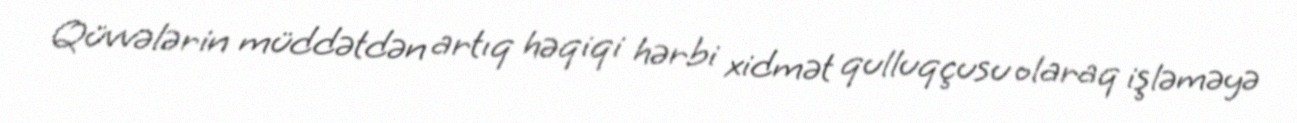
Qüvvələrin müddətdən artıq həqiqi hərbi xidmət qulluqçusu olaraq işləməyə